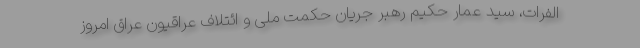
الفرات، سید عمار حکیم رهبر جریان حکمت ملی و ائتلاف عراقیون عراق امروز